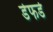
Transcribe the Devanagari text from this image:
डेफर्ड